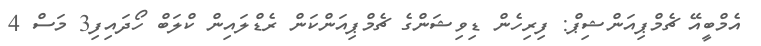
އެމްބީއޭ ޗެމްޕިއަންޝިޕް: ފިރިހެން ޑިވިޝަންގެ ޗެމްޕިއަންކަން ރެޑްލައިން ކްލަބް ހޯދައިފި3 މަސް 4